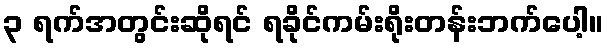
၃ ရက်အတွင်းဆိုရင် ရခိုင်ကမ်းရိုးတန်းဘက်ပေါ့။